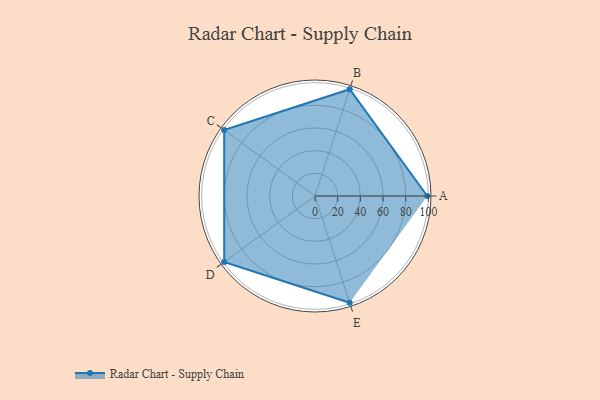
{"axis": {"x": "Skill", "y": "Score"}, "legend": ["Profile"], "data": [{"x": "A", "y": 99, "type": "Profile"}, {"x": "B", "y": 99, "type": "Profile"}, {"x": "C", "y": 99, "type": "Profile"}, {"x": "D", "y": 99, "type": "Profile"}, {"x": "E", "y": 99, "type": "Profile"}]}